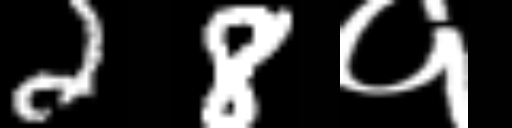
Text: 28१